Report on lock hospitals in British Burma
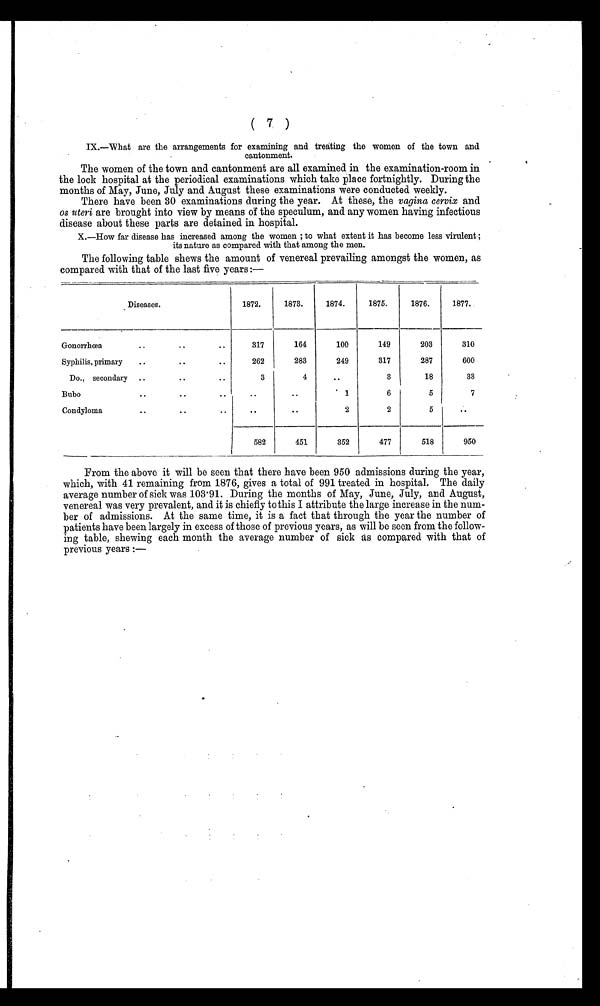
( 7 )
I X . — W h a t a r e t h e a r r a n g e m e n t s f o r e x a m i n i n g a n d t r e a t i n g t h e w o m e n o f t h e t o w n a n d
cantonment,
The women of the town and cantonment are all examined in the examination-room in
the lock hospital at the periodical examinations which take place fortnightly. During the
months of May, June, July and August these examinations were conducted weekly.
There have been 30 examinations during the year. At these, the vagina cervix and
os uteri are brought into view by means of the speculum, and any women having infectious
disease about these parts are detained in hospital.
X.—How far disease has increased among the women ; to what extent it has become less virulent ;
its nature as compared with that among the men.
The following table shews the amount of venereal prevailing amongst the women, as
compared with that of the last five years:—
Diseases.
1872.
1873.
1874.
1875.
1876.
1877.
Gonorrhoea
..
. .
..
317
164
100
149
203
310
Syphilis, primary
..
..
..
262
283
249
317
287
600
Do., secondary ..
..
..
3
4
..
3
18
33
Bubo
. .
..
..
. .
..
1
6
5
7
Condyloma
. .
..
..
..
. .
2
2
5
..
582
451
352
477
518
950
From the above it will be seen that there have been 950 admissions during the year,
which, with 41 remaining from 1876, gives a total of 991 treated in hospital. The daily
average number of sick was 103 . 91. During the months of May, June, July, and August,
venereal was very prevalent, and it is chiefly to this I attribute the large increase in the num-
ber of admissions. At the same time, it is a fact that through the year the number of
patients have been largely in excess of those of previous years, as will be seen from the follow-
ing table, shewing each month the average number of sick as compared with that of
previous years :—